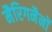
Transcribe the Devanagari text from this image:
मैरिगनैनों